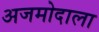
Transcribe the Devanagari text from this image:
अजमोदाला